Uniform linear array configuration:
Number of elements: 64
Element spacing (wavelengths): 1
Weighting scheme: binomial
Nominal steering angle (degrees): -30
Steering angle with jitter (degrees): -31.904
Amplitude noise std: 0.05
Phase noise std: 0.05

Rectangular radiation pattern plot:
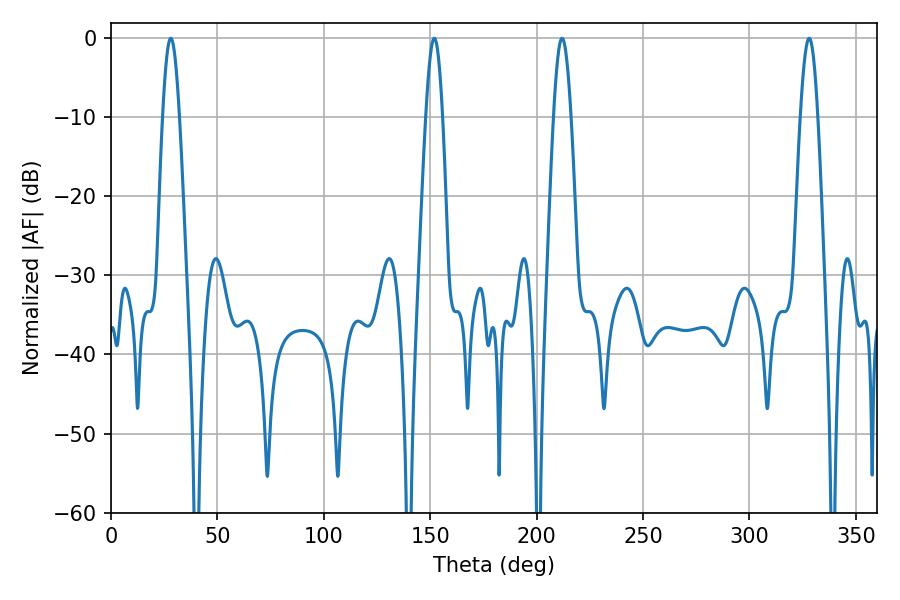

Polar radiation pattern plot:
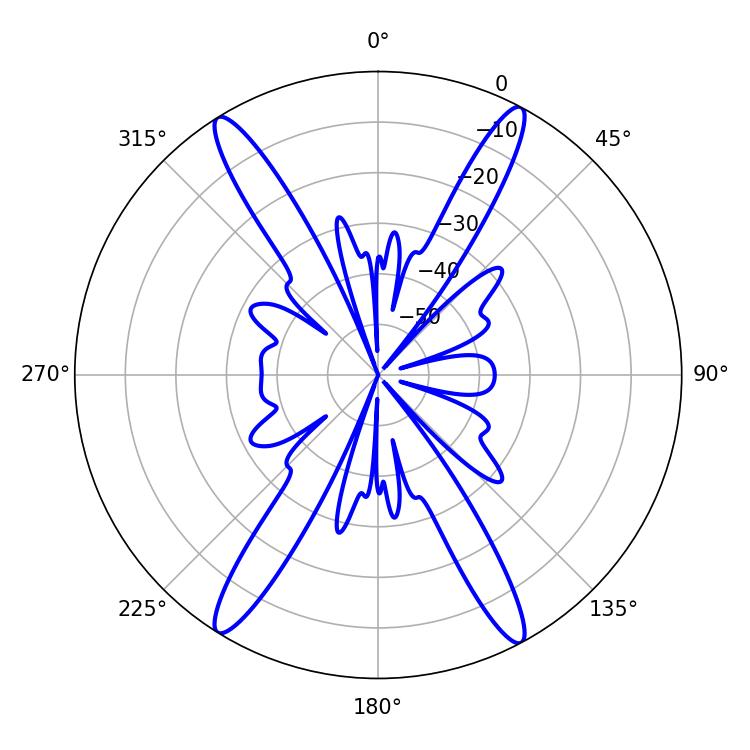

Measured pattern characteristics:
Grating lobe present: TRUE
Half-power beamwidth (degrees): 4.14
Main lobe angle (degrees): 151.92